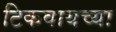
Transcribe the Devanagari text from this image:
टिकवायच्या